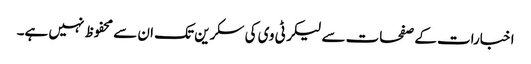
اخبارات کے صفحات سے لیکر ٹی وی کی سکرین تک ان سے محفوظ نہیں ہے۔